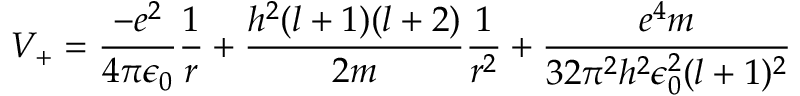
V _ { + } = { \frac { - e ^ { 2 } } { 4 \pi \epsilon _ { 0 } } } { \frac { 1 } { r } } + { \frac { h ^ { 2 } ( l + 1 ) ( l + 2 ) } { 2 m } } { \frac { 1 } { r ^ { 2 } } } + { \frac { e ^ { 4 } m } { 3 2 \pi ^ { 2 } h ^ { 2 } \epsilon _ { 0 } ^ { 2 } ( l + 1 ) ^ { 2 } } }